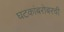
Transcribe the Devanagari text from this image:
घटकांबरोबरची